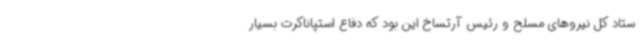
ستاد کل نیروهای مسلح و رئیس آرتساخ این بود که دفاع استپاناکرت بسیار